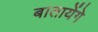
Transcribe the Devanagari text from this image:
बातायेंगे